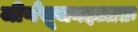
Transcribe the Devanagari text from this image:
जीर्णसूजनइज़ाफ़